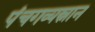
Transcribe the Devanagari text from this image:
पंचगव्यस्नान